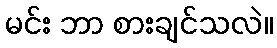
မင်း ဘာ စားချင်သလဲ။